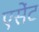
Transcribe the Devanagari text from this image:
एसेंट